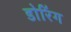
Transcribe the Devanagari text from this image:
डोरिंग